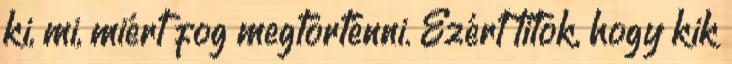
ki, mi, miért fog megtörténni. Ezért titok, hogy kik